Trukikaitis_Postimees, lk 4
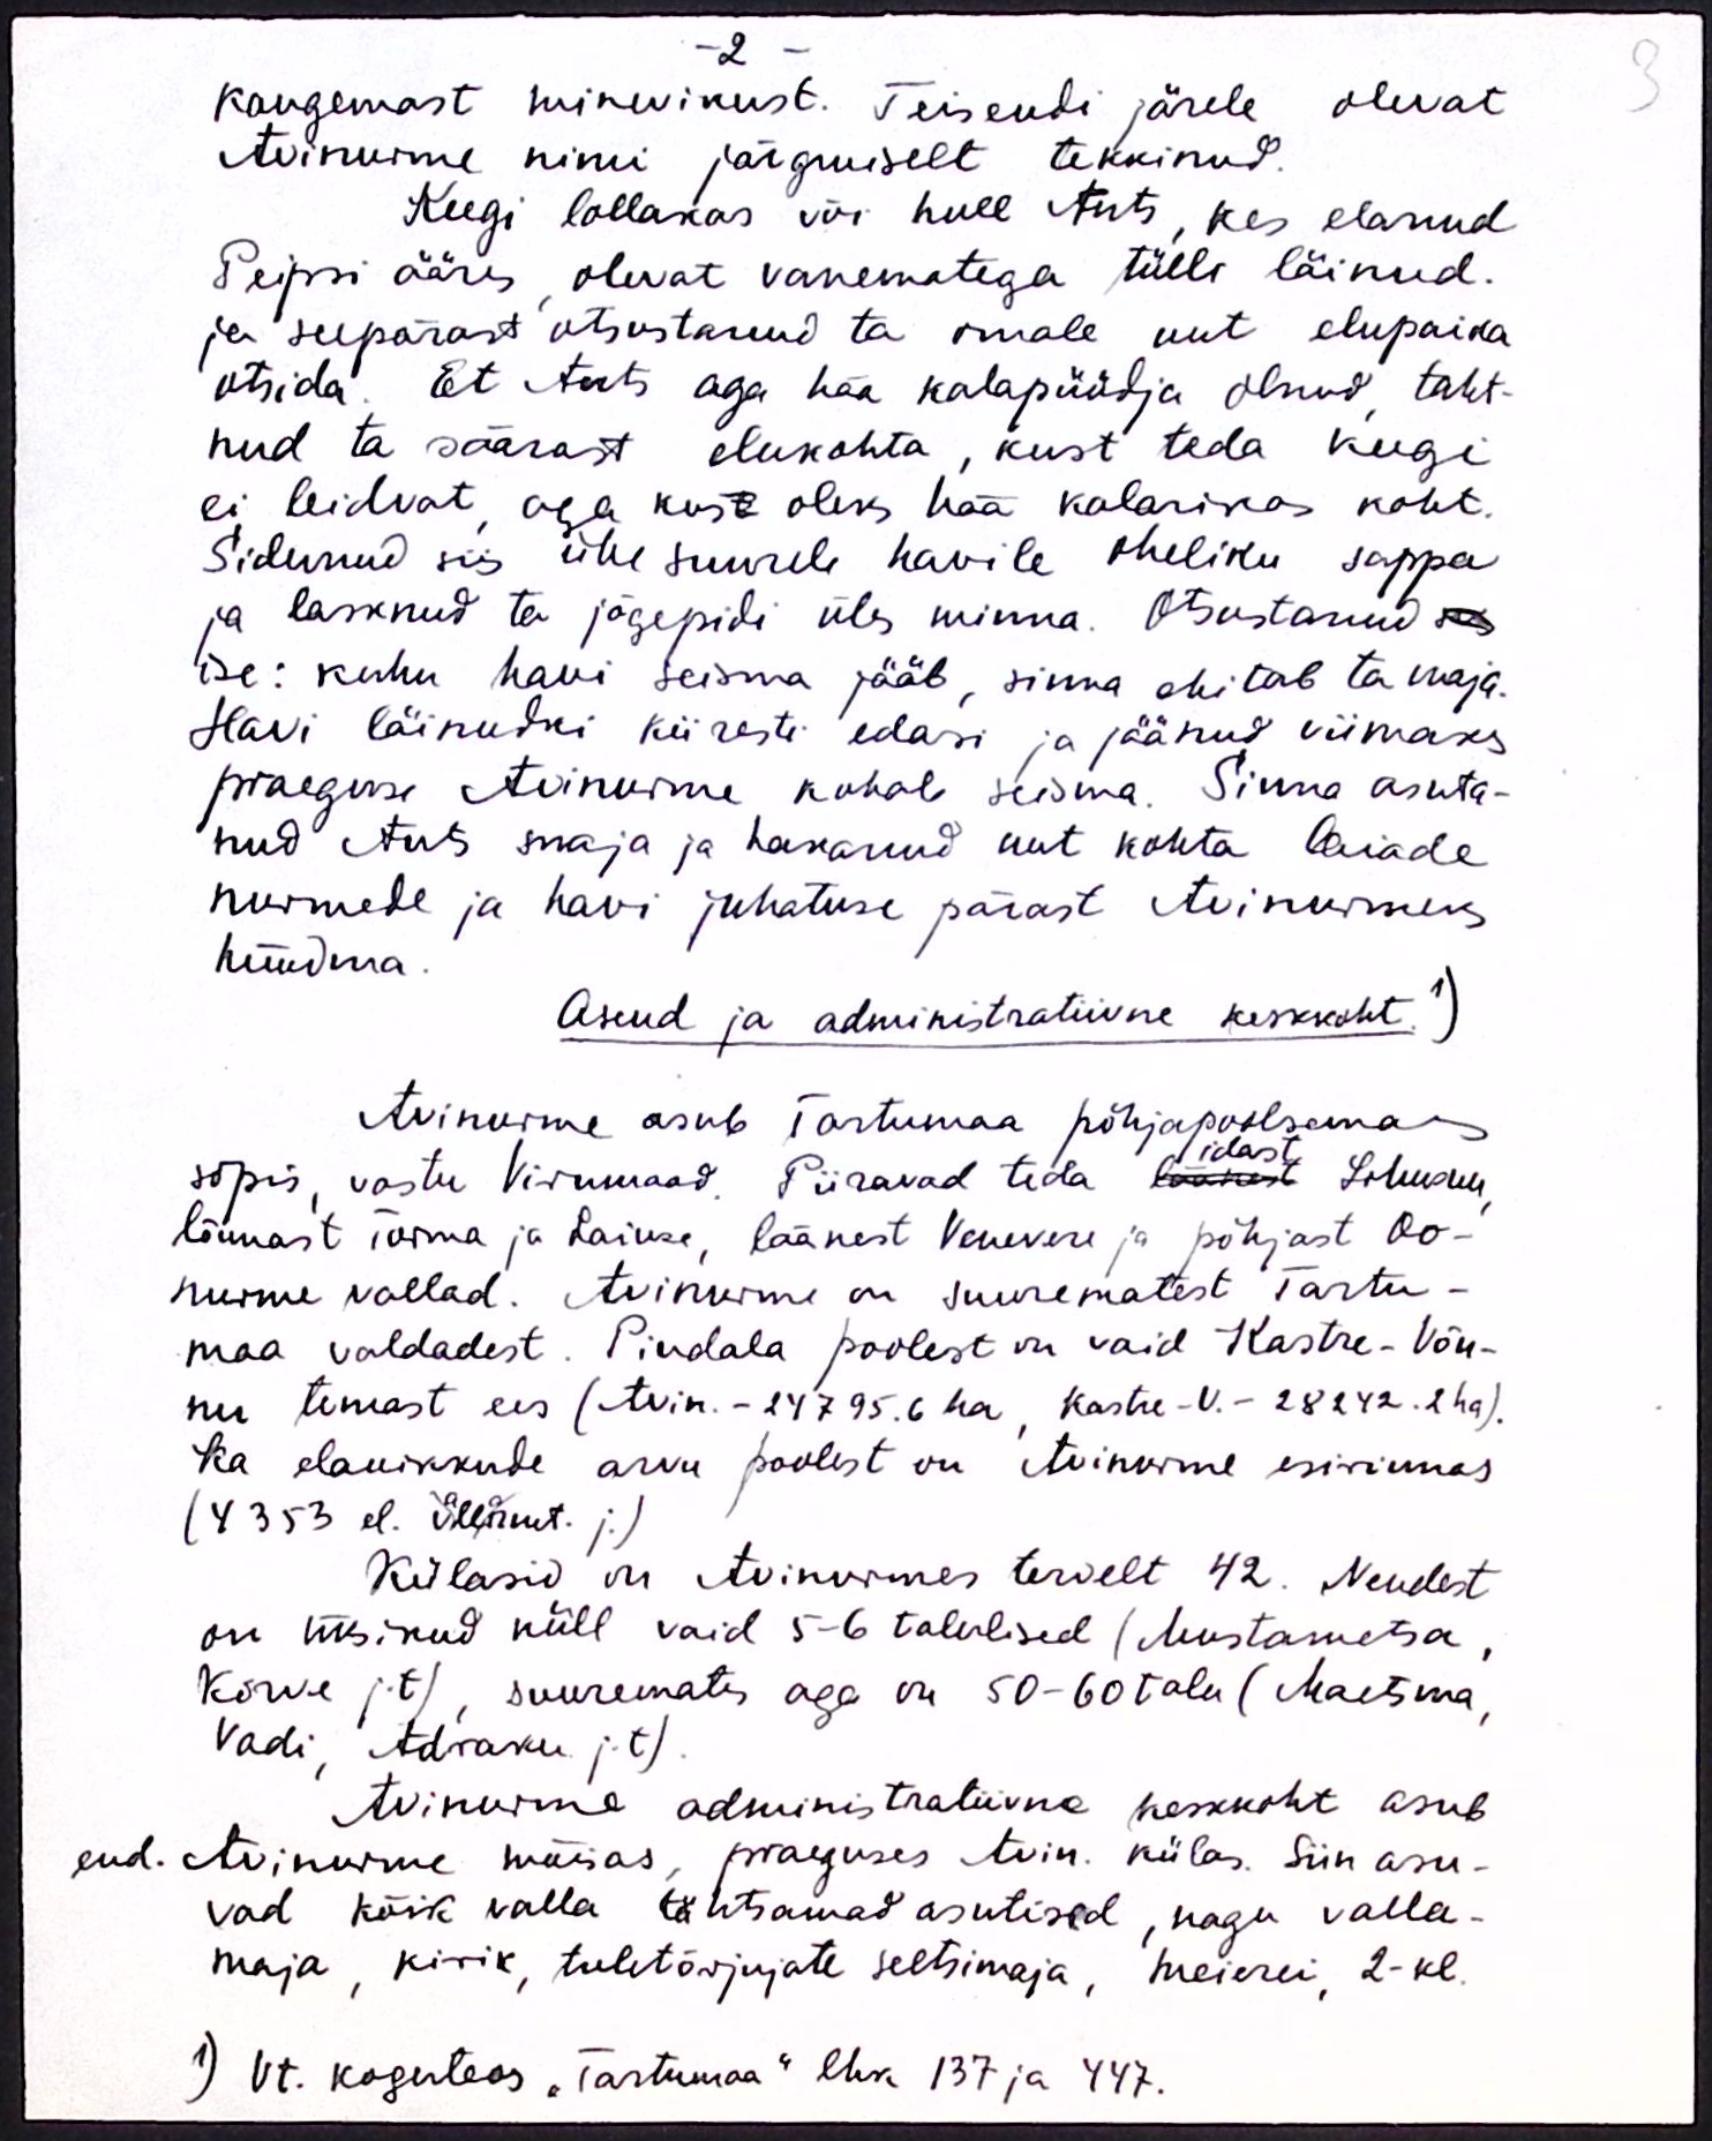
kaugemast minevikust. Teisendi järele olevat
Avinurme nimi järgmiselt tekkinud.
Keegi lollakas või hull Ants, kes elanud
Peipsi ääres olevat vanematega tülli läinud.
ja seepärast otsustanud ta omale uut elupaika
otsida. Et Ants aga hää kalapüüdja olnud taht-
nud ta säärast elukohta, kust teda keegi
ei leidvat, aga kust oleks hää kalarikas koht,
Sidunud siis ühesuurele havile aheliku sappa
ja lasknud ta jõgepidi üles minna. Otsustanud kes
ise: kuhu havi seisma jääb, sinna ehitab ta maja.
Havi läinudki kiiresti edasi ja jäänud viimaks
praeguse Avinurme kohal seisma. Sinna asuta-
nud Ants maja ja hakanud uut kohta laiade
nurmede ja havi juhatuse pärast Avinurmeks
hüüdma.
Asend ja administratiivne keskkoht.1)
Avinurme asub Tartumaa põhjapoolsema
idast
sopis, vastu Virumaad. Piiravad teda läänest Lohusuu
lõunast Torma ja Laiuse, läänest Venevere ja põhjast Oo-
nurme vallad. Avinurme on suurematest Tartu-
maa valdadest. Pindala poolest on vaid Kastre-Võn-
nu temast ees (Avin.-24795.6 ha, Kastre-V.-28242.2 ha).
Ka elanikkude arvu poolest on Avinurme esirinnas
(4353 el. ülleruut j.)
Külasid on Avinurmes tervelt 42. Nendest
on üksikud küll vaid 5-6 talulised (Mustametsa,
Kõrve j.t) suuremates aga on 50-60 talu (Maitsma,
Vadi, Adraku j.t)
Avinurme administratiivne keskkoht asub
end. Avinurme mõisas, praeguses Avin. külas. Siin asu-
vad kõik valla tähtsamad asutised, nagu valla-
maja, kirik tuletõrjujate seltsimaja, meierei, 2-kl.
1) Vt. koguteos "Tartumaa" lhk 137 ja 447.